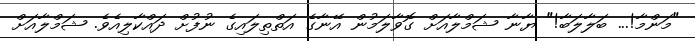
"މަންމާ!... ބަލާލަބާ!" ޔާނާ ޝަމްލާއަށް ގޮވާލަމުން އޭނާގެ އަތްތިލައިގެ ނުފުށް ދައްކާލިއެވެ. ޝަމްލާއަށް